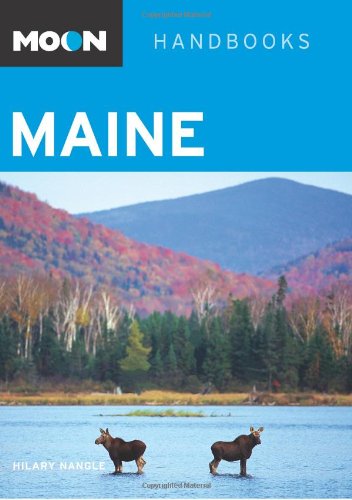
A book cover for Moon Maine (Moon Handbooks); Hilary Nangle; Travel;